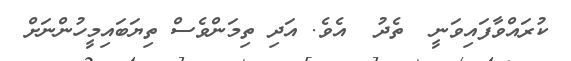
ކުރައްވާފައިވަނީ  ތެދު  އެވެ. އަދި ތިމަންވެސް ތިޔަބައިމީހުންނަށް